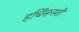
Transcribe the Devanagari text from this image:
हचिंसनशी